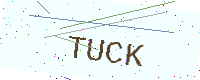
Text: TUCK